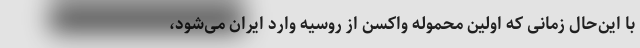
با این‌حال زمانی که اولین محموله واکسن از روسیه وارد ایران می‌شود،